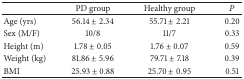
<table><thead><tr><td><b> </b></td><td><b>PD group</b></td><td><b>Healthy group</b></td><td><b><i>P</i></b></td></tr></thead><tbody><tr><td>Age (yrs)</td><td>56.14 ± 2.34</td><td>55.71 ± 2.21</td><td>0.20</td></tr><tr><td>Sex (M/F)</td><td>10/8</td><td>11/7</td><td>0.33</td></tr><tr><td>Height (m)</td><td>1.78 ± 0.05</td><td>1.76 ± 0.07</td><td>0.59</td></tr><tr><td>Weight (kg)</td><td>81.86 ± 5.96</td><td>79.71 ± 7.18</td><td>0.39</td></tr><tr><td>BMI</td><td>25.93 ± 0.88</td><td>25.70 ± 0.95</td><td>0.51</td></tr></tbody></table>